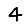
Digit: 4